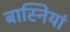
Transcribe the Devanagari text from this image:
बास्नियां